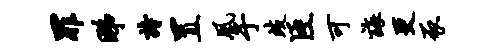
罪睇诗置凰于歧臣可诲更豕